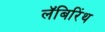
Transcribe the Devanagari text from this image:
लॅबिरिंथ